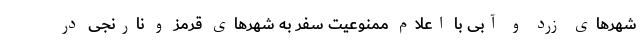
شهرهای زرد و آبی با اعلام ممنوعیت سفر به شهرهای قرمز و نارنجی در